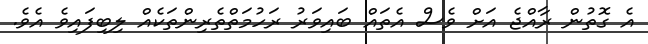
އެ ގޮތުން ރާއްޖެ އަށް ވެސް އެތައް ބައިވަރު ރަހުމަތްތެރިންތަކެއް ލިބިފައިވެ އެވެ.